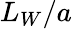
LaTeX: L_{W}/a